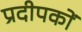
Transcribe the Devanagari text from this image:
प्रदीपकों